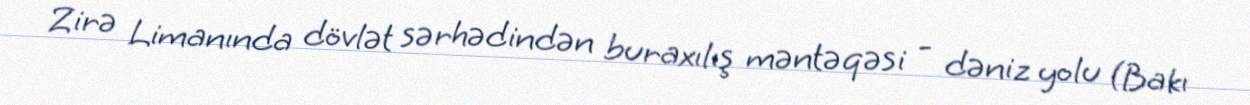
Zirə Limanında dövlət sərhədindən buraxılış məntəqəsi - dəniz yolu (Bakı